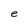
Character: e